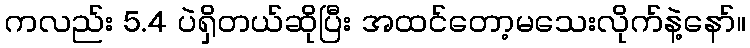
ကလည်း 5.4 ပဲရှိတယ်ဆိုပြီး အထင်တော့မသေးလိုက်နဲ့နော်။